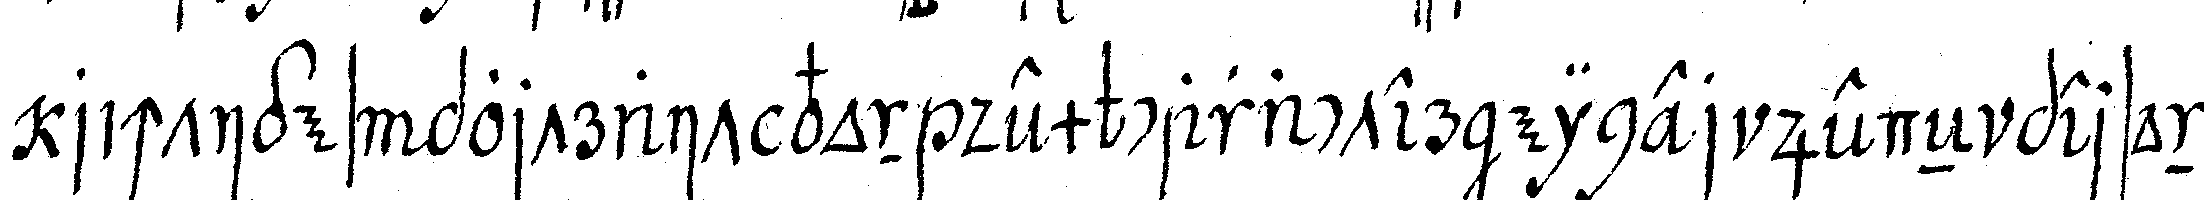
richtiges portrait von dem caracter einer jedeN person